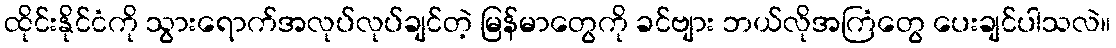
ထိုင်းနိုင်ငံကို သွားရောက်အလုပ်လုပ်ချင်တဲ့ မြန်မာတွေကို ခင်ဗျား ဘယ်လိုအကြံတွေ ပေးချင်ပါသလဲ။